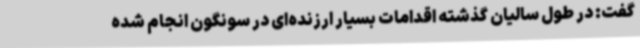
گفت: در طول سالیان گذشته اقدامات بسیار ارزنده‌ای در سونگون انجام شده